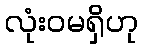
လုံးဝမရှိဟု